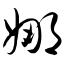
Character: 娜